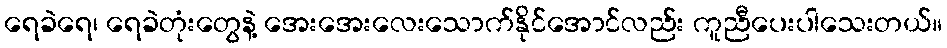
ရေခဲရေ၊ ရေခဲတုံးတွေနဲ့ အေးအေးလေးသောက်နိုင်အောင်လည်း ကူညီပေးပါသေးတယ်။